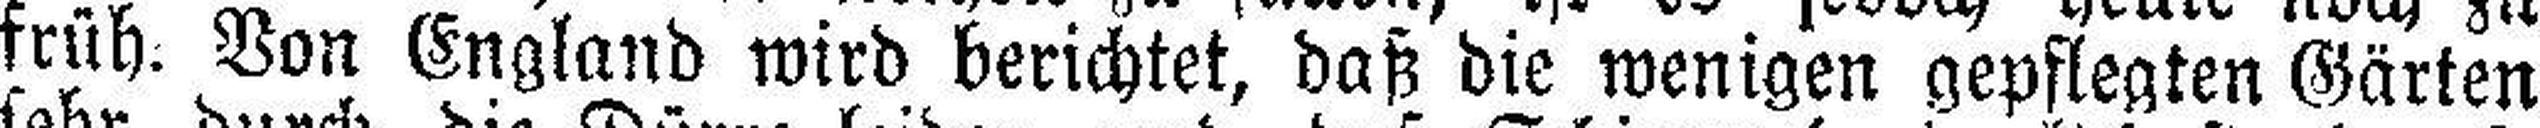
früh. Von England wird berichtet, daß die wenigen gepflegten Gärten